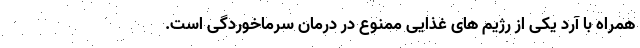
همراه با آرد یکی از رژیم های غذایی ممنوع در درمان سرماخوردگی است.